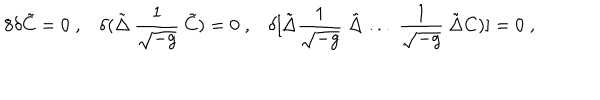
8 \delta \tilde { C } = 0 \; , \delta ( \tilde { \Delta } \: \frac { 1 } { \sqrt { - g } } \: \tilde { C } ) = 0 \; , \delta [ \tilde { \Delta } \frac { 1 } { \sqrt { - g } } \; \tilde { \Delta } \; . . . \; \frac { 1 } { \sqrt { - g } } \: \tilde { \Delta } C ) ] = 0 \; ,